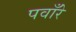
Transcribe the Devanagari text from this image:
पवाँरे